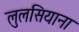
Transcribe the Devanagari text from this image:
लुलसियाना